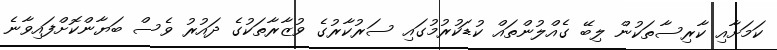
ކަމަށާއި ކާރިސާތަކުން ލިބޭ ގެއްލުންތައް ކުޑަކުރުމުގައި ސަރުކާރުގެ ވުޒާރާތަކުގެ ދައުރު ވެސް ބަޔާންކޮށްފައިވާނެ